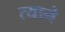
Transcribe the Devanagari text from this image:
त्यामे